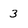
Character: 3